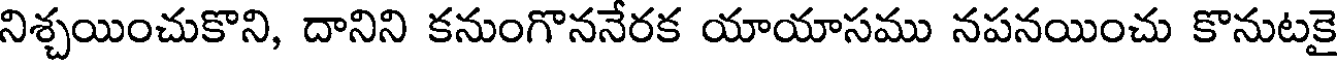
నిశ్చయించుకొని, దానిని కనుంగొననేరక యాయాసము నపనయించు కొనుటకై